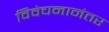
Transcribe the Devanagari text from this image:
विवेचनानंतर